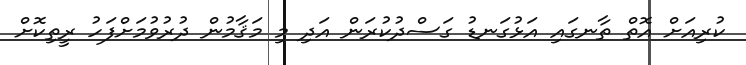
ކުރިއަށް އޮތް ތާނގައި އަޅުގަނޑު ގަސްދުކުރަން އަދި މި މަޤާމުން ދުރުވުމަށްފަހު ރީތިކޮށް